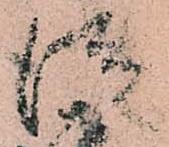
従